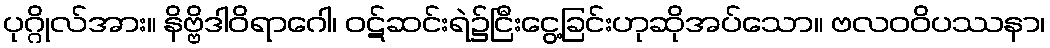
ပုဂ္ဂိုလ်အား။ နိဗ္ဗိဒါဝိရာဂေါ၊ ဝဋ်ဆင်းရဲ၌ငြီးငွေ့ခြင်းဟုဆိုအပ်သော။ ဗလဝဝိပဿနာ၊